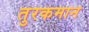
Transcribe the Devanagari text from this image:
तुरकमान